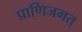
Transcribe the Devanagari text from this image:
प्राणिजगत्